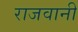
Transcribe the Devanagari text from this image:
राजवानी